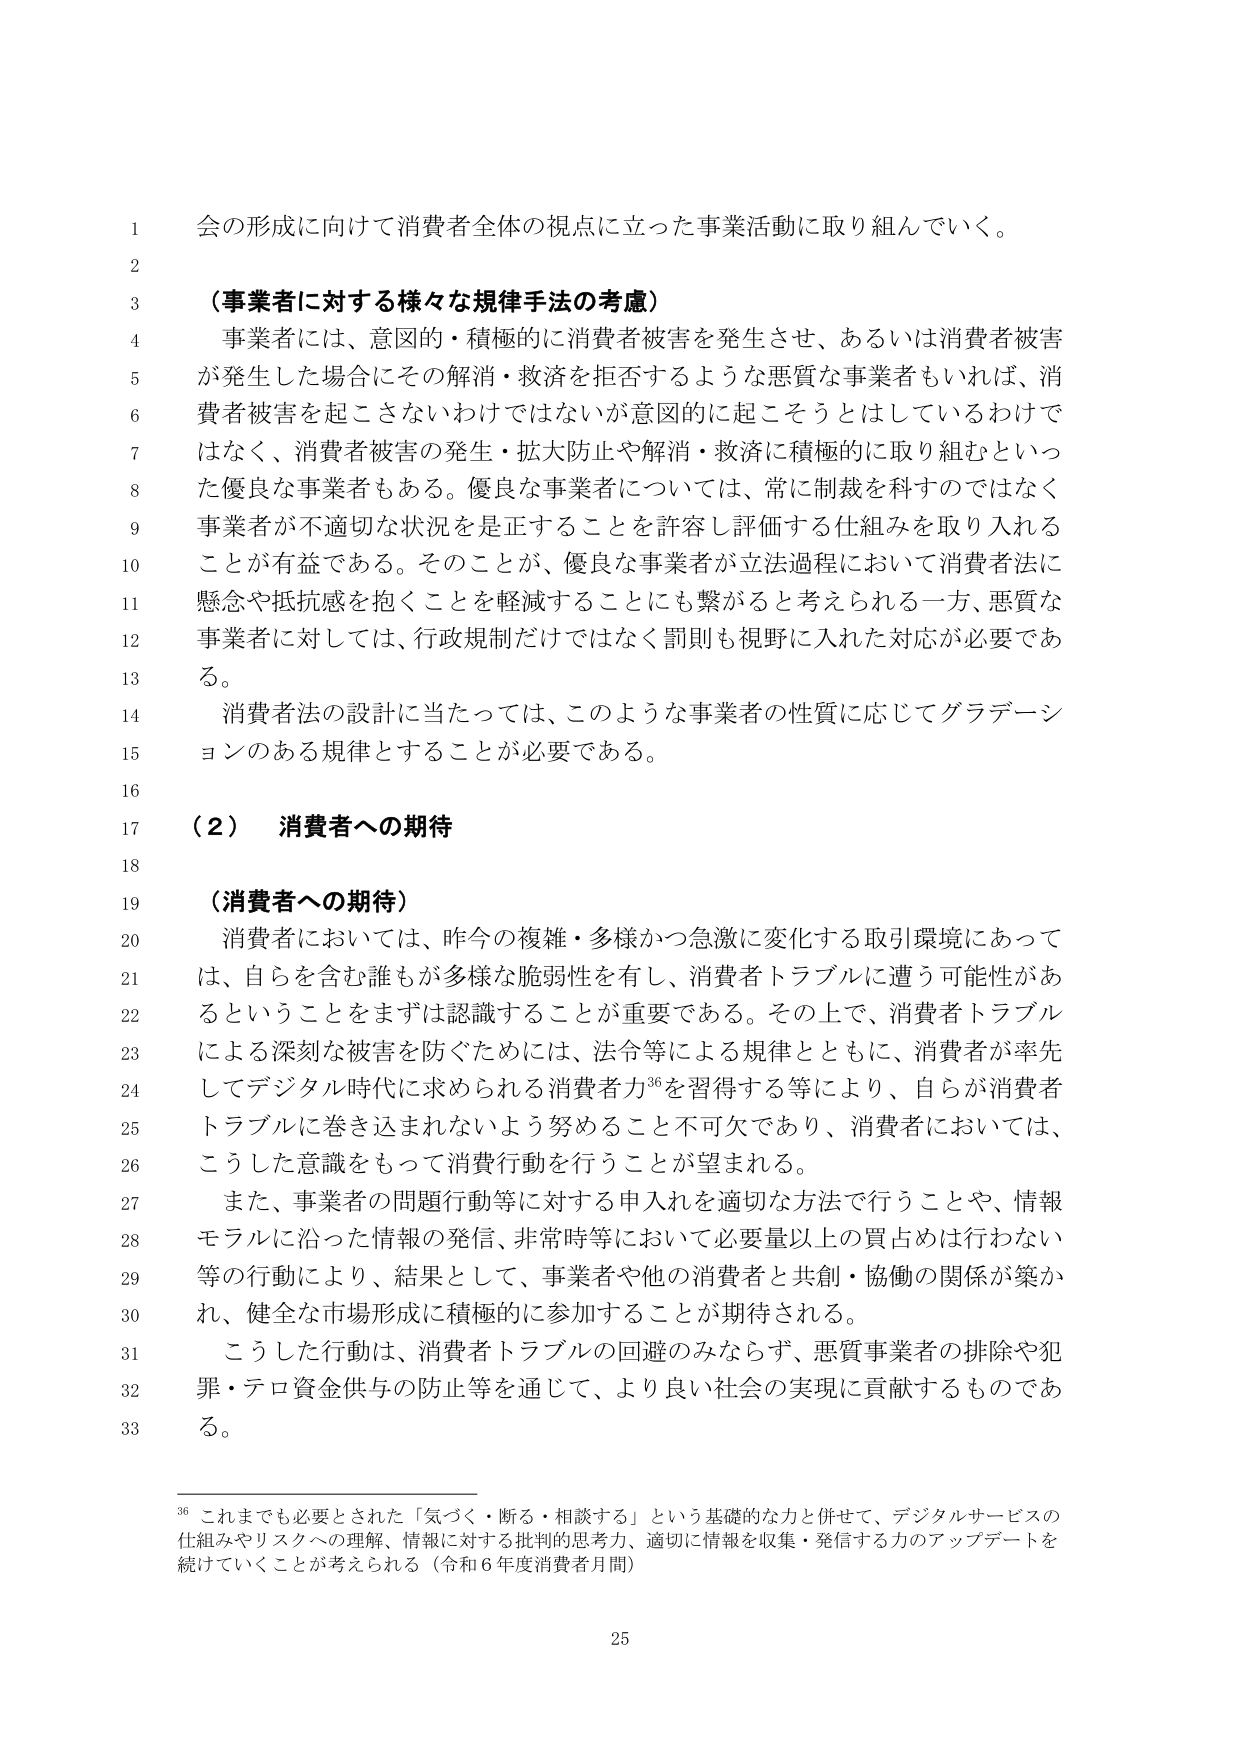
会の形成に向けて消費者全体の視点に立った事業活動に取り組んでいく。

（事業者に対する様々な規律手法の考慮）
事業者には、意図的・積極的に消費者被害を発生させ、あるいは消費者被害が発生した場合にその解消・救済を拒否するような悪質な事業者もいれば、消費者被害を起こさないわけではないが意図的に起こそうとはしているわけではなく、消費者被害の発生・拡大防止や解消・救済に積極的に取り組むといった優良な事業者もある。優良な事業者については、常に制裁を科すのではなく事業者が不適切な状況を是正することを許容し評価する仕組みを取り入れることが有益である。そのことが、優良な事業者が立法過程において消費者法に懸念や抵抗感を抱くことを軽減することにも繋がると考えられる一方、悪質な事業者に対しては、行政規制だけではなく罰則も視野に入れた対応が必要である。
消費者法の設計に当たっては、このような事業者の性質に応じてグラデーションのある規律とすることが必要である。

（２） 消費者への期待

（消費者への期待）
消費者においては、昨今の複雑・多様かつ急激に変化する取引環境にあっては、自らを含む誰もが多様な脆弱性を有し、消費者トラブルに遭う可能性があるということをまずは認識することが重要である。その上で、消費者トラブルによる深刻な被害を防ぐためには、法令等による規律とともに、消費者が率先してデジタル時代に求められる消費者力36を習得する等により、自らが消費者トラブルに巻き込まれないよう努めること不可欠であり、消費者においては、こうした意識をもって消費行動を行うことが望まれる。
また、事業者の問題行動等に対する申入れを適切な方法で行うことや、情報モラルに沿った情報の発信、非常時等において必要量以上の買占めは行わない等の行動により、結果として、事業者や他の消費者と共創・協働の関係が築かれ、健全な市場形成に積極的に参加することが期待される。
こうした行動は、消費者トラブルの回避のみならず、悪質事業者の排除や犯罪・テロ資金供与の防止等を通じて、より良い社会の実現に貢献するものである。

36 これまでにも必要とされた「気づく・断る・相談する」という基礎的な力と併せて、デジタルサービスの仕組みやリスクへの理解、情報に対する批判的思考力、適切に情報を収集・発信する力のアップデートを続けていくことが考えられる（令和6年度消費者月間）

25